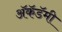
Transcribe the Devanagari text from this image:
अॅकॅडॅमी